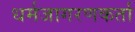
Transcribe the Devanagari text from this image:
धर्मजागरणकर्ता